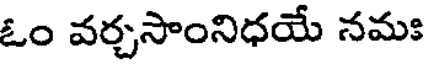
ఓం వర్చసాంనిధయే నమః